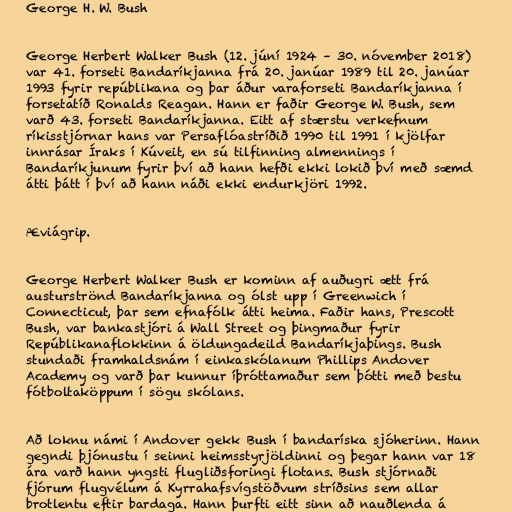
George H. W. Bush

George Herbert Walker Bush (12. júní 1924 – 30. nóvember 2018)
var 41. forseti Bandaríkjanna frá 20. janúar 1989 til 20. janúar
1993 fyrir repúblikana og þar áður varaforseti Bandaríkjanna í
forsetatíð Ronalds Reagan. Hann er faðir George W. Bush, sem
varð 43. forseti Bandaríkjanna. Eitt af stærstu verkefnum
ríkisstjórnar hans var Persaflóastríðið 1990 til 1991 í kjölfar
innrásar Íraks í Kúveit, en sú tilfinning almennings í
Bandaríkjunum fyrir því að hann hefði ekki lokið því með sæmd
átti þátt í því að hann náði ekki endurkjöri 1992.

Æviágrip.

George Herbert Walker Bush er kominn af auðugri ætt frá
austurströnd Bandaríkjanna og ólst upp í Greenwich í
Connecticut, þar sem efnafólk átti heima. Faðir hans, Prescott
Bush, var bankastjóri á Wall Street og þingmaður fyrir
Repúblikanaflokkinn á öldungadeild Bandaríkjaþings. Bush
stundaði framhaldsnám í einkaskólanum Phillips Andover
Academy og varð þar kunnur íþróttamaður sem þótti með bestu
fótboltaköppum í sögu skólans.

Að loknu námi í Andover gekk Bush í bandaríska sjóherinn. Hann
gegndi þjónustu í seinni heimsstyrjöldinni og þegar hann var 18
ára varð hann yngsti flugliðsforingi flotans. Bush stjórnaði
fjórum flugvélum á Kyrrahafsvígstöðvum stríðsins sem allar
brotlentu eftir bardaga. Hann þurfti eitt sinn að nauðlenda á